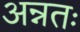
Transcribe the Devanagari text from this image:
अन्नतः